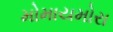
મોમાયમોરા